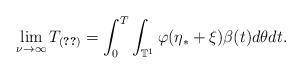
LaTeX: \begin{align*} \lim_{\nu \to \infty} T_{\eqref{e_37_2}} = \int_0 ^T \int_{\mathbb{T}^1} \varphi(\eta_* + \xi) \beta(t) d\theta dt.\end{align*}